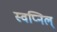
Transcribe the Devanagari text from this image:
स्वप्निल्